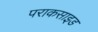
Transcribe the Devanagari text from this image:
पराकसाइड